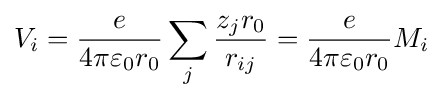
V_{i}={\frac {e}{4\pi \varepsilon _{0}r_{0}}}\sum _{j}{\frac {z_{j}r_{0}}{r_{ij}}}={\frac {e}{4\pi \varepsilon _{0}r_{0}}}M_{i}